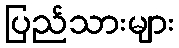
ပြည်သားများ